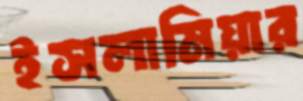
ইসলামিয়ার